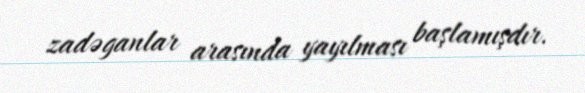
zadəganlar arasında yayılması başlamışdır.